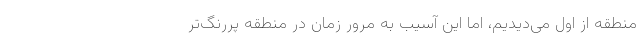
منطقه از اول می‌دیدیم، اما این آسیب به مرور زمان در منطقه پررنگ‌تر